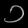
Digit: ၁